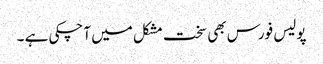
پولیس فورس بھی سخت مشکل میں آچکی ہے ۔